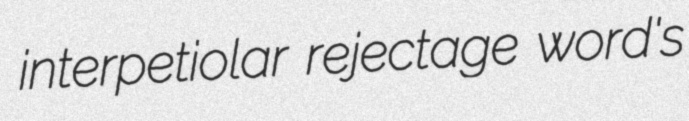
interpetiolar rejectage word's